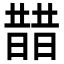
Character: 𣊣